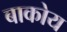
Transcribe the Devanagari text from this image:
बाकोय